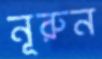
নূরুন